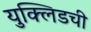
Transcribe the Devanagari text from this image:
युक्लिडची